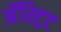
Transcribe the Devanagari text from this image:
अॅस्ट्रिट